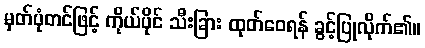
မှတ်ပုံတင်ဖြင့် ကိုယ်ပိုင် သီးခြား ထုတ်ဝေရန် ခွင့်ပြုလိုက်၏။